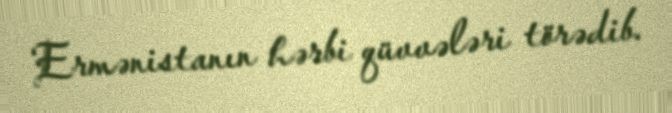
Ermənistanın hərbi qüvvələri törədib.